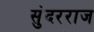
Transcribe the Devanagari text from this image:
सुंदरराज